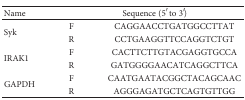
<table><thead><tr><td><b>Name</b></td><td colspan="2"><b>Sequence (5′ to 3′)</b></td></tr></thead><tbody><tr><td rowspan="2">Syk</td><td>F</td><td>CAGGAACCTGATGGCCTTAT</td></tr><tr><td>R</td><td>CCTGAAGGTTCCAGGTCTGT</td></tr><tr><td rowspan="2">IRAK1</td><td>F</td><td>CACTTCTTGTACGAGGTGCCA</td></tr><tr><td>R</td><td>GATGGGGAACATCAGGCTTCA</td></tr><tr><td rowspan="2">GAPDH</td><td>F</td><td>CAATGAATACGGCTACAGCAAC</td></tr><tr><td>R</td><td>AGGGAGATGCTCAGTGTTGG</td></tr></tbody></table>